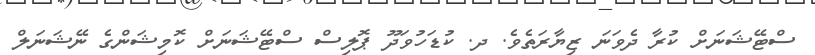
ސްޓޭޝަނަށް ކުރާ ދެވަނަ ޒިޔާރަތެވެ. ދ. ކުޑަހުވަދޫ ޕޮލިސް ސްޓޭޝަނަށް ކޮމިޝަންގެ ނޭޝަނަލް